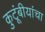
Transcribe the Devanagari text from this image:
कुटूंबीयांचा